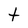
Character: t